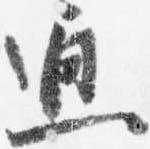
通